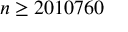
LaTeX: n \geq 2 0 1 0 7 6 0